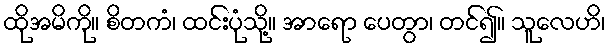
ထိုအမိကို။ စိတကံ၊ ထင်းပုံသို့။ အာရော ပေတွာ၊ တင်၍။ သူလေဟိ၊